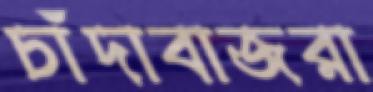
চাঁদাবাজরা